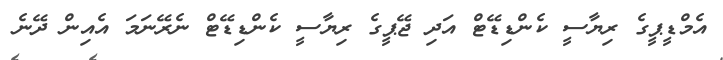
އެމްޑީޕީގެ ރިޔާސީ ކެންޑިޑޭޓް އަދި ޖޭޕީގެ ރިޔާސީ ކެންޑިޑޭޓް ނެރޭނަމަ އެއިން ދޭނެ